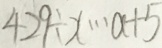
4 2 9 \div x \cdots a + 5